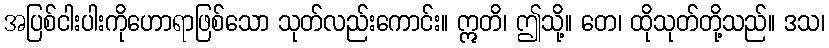
အပြစ်ငါးပါးကိုဟောရာဖြစ်သော သုတ်လည်းကောင်း။ ဣတိ၊ ဤသို့။ တေ၊ ထိုသုတ်တို့သည်။ ဒသ၊